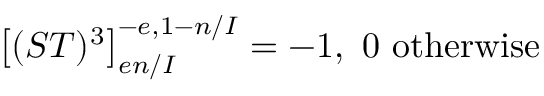
\left[ ( S T ) ^ { 3 } \right] _ { e n / I } ^ { - e , 1 - n / I } = - 1 , \ 0 \mathrm { ~ o t h e r w i s e }